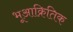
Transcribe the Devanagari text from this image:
भूआक्रितिक